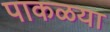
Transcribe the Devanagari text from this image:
पाकळया